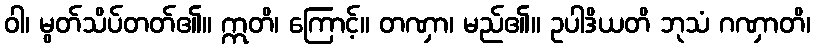
ဝါ၊ မွတ်သိပ်တတ်၏။ ဣတိ၊ ကြောင့်။ တဏှာ၊ မည်၏။ ဥပါဒိယတိ ဘုသံ ဂဏှာတိ၊